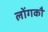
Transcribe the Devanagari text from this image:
लोंगकौ